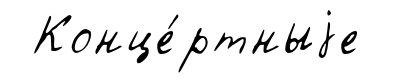
Конце́ртныjе